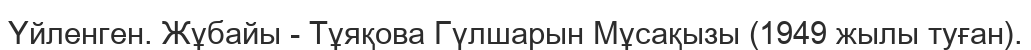
Үйленген. Жұбайы - Тұяқова Гүлшарын Мұсақызы (1949 жылы туған).